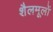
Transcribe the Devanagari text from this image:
शैलमूलों